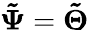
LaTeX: \boldsymbol{\tilde{\Psi}}=\boldsymbol{\tilde{\Theta}}